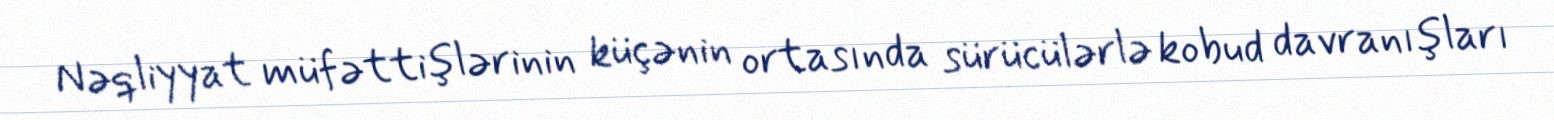
Nəqliyyat müfəttişlərinin küçənin ortasında sürücülərlə kobud davranışları